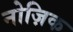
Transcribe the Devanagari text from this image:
नोज़िक